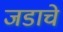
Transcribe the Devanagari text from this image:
जडाचे